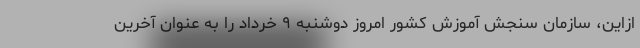
ازاین، سازمان سنجش آموزش کشور امروز دوشنبه ۹ خرداد را به عنوان آخرین